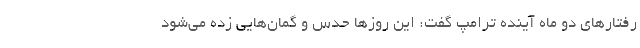
رفتارهای دو ماه آینده ترامپ گفت: این روزها حدس و گمان‌هایی زده می‌شود